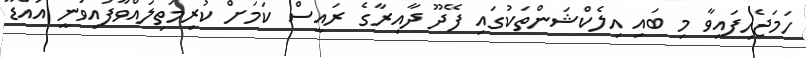
ހަމަޖެހިފައިވާ މި ބައި އިލެކްޝަންތަކުގައި ފޭދޫ ދާއިރާގެ ރައީސް ކަމަށް ކުރިމަތިލައްވާފައިވަނީ އައްޑޫ